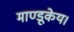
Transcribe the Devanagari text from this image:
माण्डूकेय।